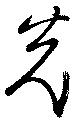
光